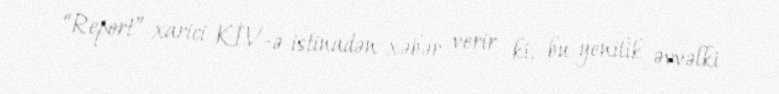
“Report” xarici KİV-ə istinadən xəbər verir ki, bu yenilik əvvəlki